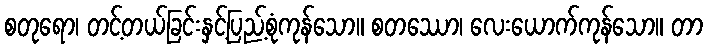
စတုရော၊ တင့်တယ်ခြင်းနှင့်ပြည့်စုံကုန်သော။ စတဿော၊ လေးယောက်ကုန်သော။ တာ